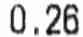
0.26